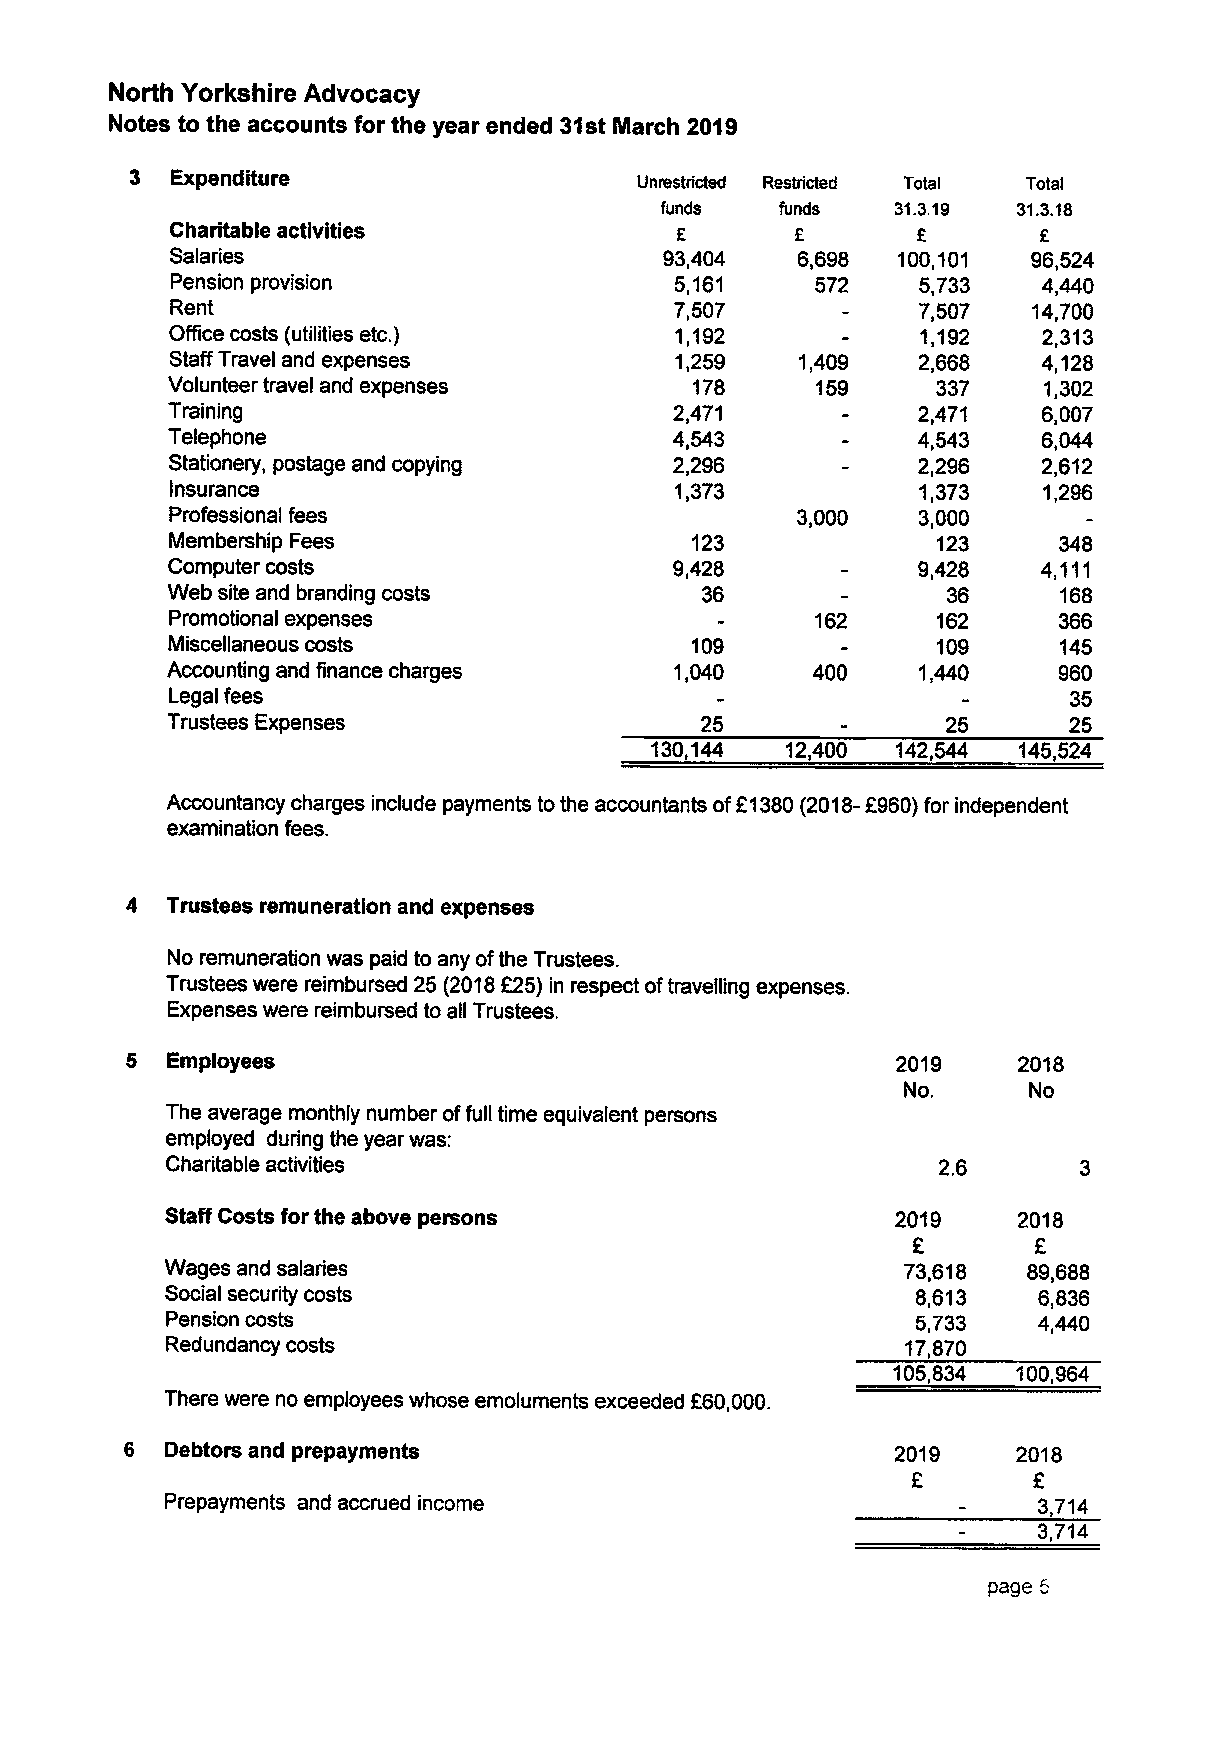
North Yorkshire Advocacy
 Notes to the accounts for the year ended 31st March 2019
 Expenditure
 Unrestricted Restricted Total Total
 funds   funds  31.3.19 31.3.18
 Charitable activities
 E
 Salaries                         93,404   6,698 100,101  96,524
 Pension provision                 5,161    572    5,733   4,440
 Rent                              7,507           7,507  14,700
 ONce costs (utilities etc.)       1,192           1,192   2,313
 Staff Travel and expenses         1,259   1,409   2,668   4,128
 Yolunteer travel and expenses      178     159     337    1,302
 Training                          2,471           2,471   6,007
 Telephone                         4,543           4,543   6,044
 Stationery, postage and copying   2,296           2,296   2,612
 Insurance                         1,373           1,373   1,296
 Professional fees                         3,000   3,000
 Membership Fees                    123             123     348
 Computer costs                    9,428           9,428   4,111
 Web site and branding costs        36               36     168
 Promotional expenses                       162     162     366
 Miscellaneous costs                109             109     145
 Accounting and finance charges    1,040    400    1,440    960
 Legal fees                                                  35
 Trustees Expenses                  25               25      25
 130,144  12,400 142,544 145,524
 Accountancy charges include payments to the accountants of21380(2018-F960)for independent
 examination fees.
 Trustees remuneration and expenses
 No remuneration was paid to any ofthe Trustees.
 Trustees were reimbursed 25 (2018825) in respect oftravelling expenses.
 Expenses were reimbursed to all Trustees.
 Employees                                       2019    2018
 No.     No
 The average monthly number offull time equivalent persons
 employed during the year was:
 Charitable activities                              2.6
 Staff Costs for the above persons               2019    2018
 Wages and salaries                               73,618  89,688
 Social security costs                             8,613   6,836
 Pension costs                                     5,733   4,440
 Redundancy costs                                 17,870
 105,834 100,S64
 There were no employees whose emoluments exceeded 660,000.
 Debtors and prepayments                         2019    2018
 Prepayments and accrued income                            3,714
 3,714
 page 5